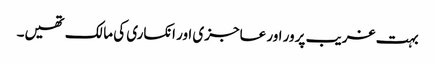
بہت غریب پرور اور عاجزی اور انکساری کی مالک تھیں۔